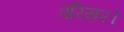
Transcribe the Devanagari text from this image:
परिसर।